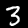
Digit: 3